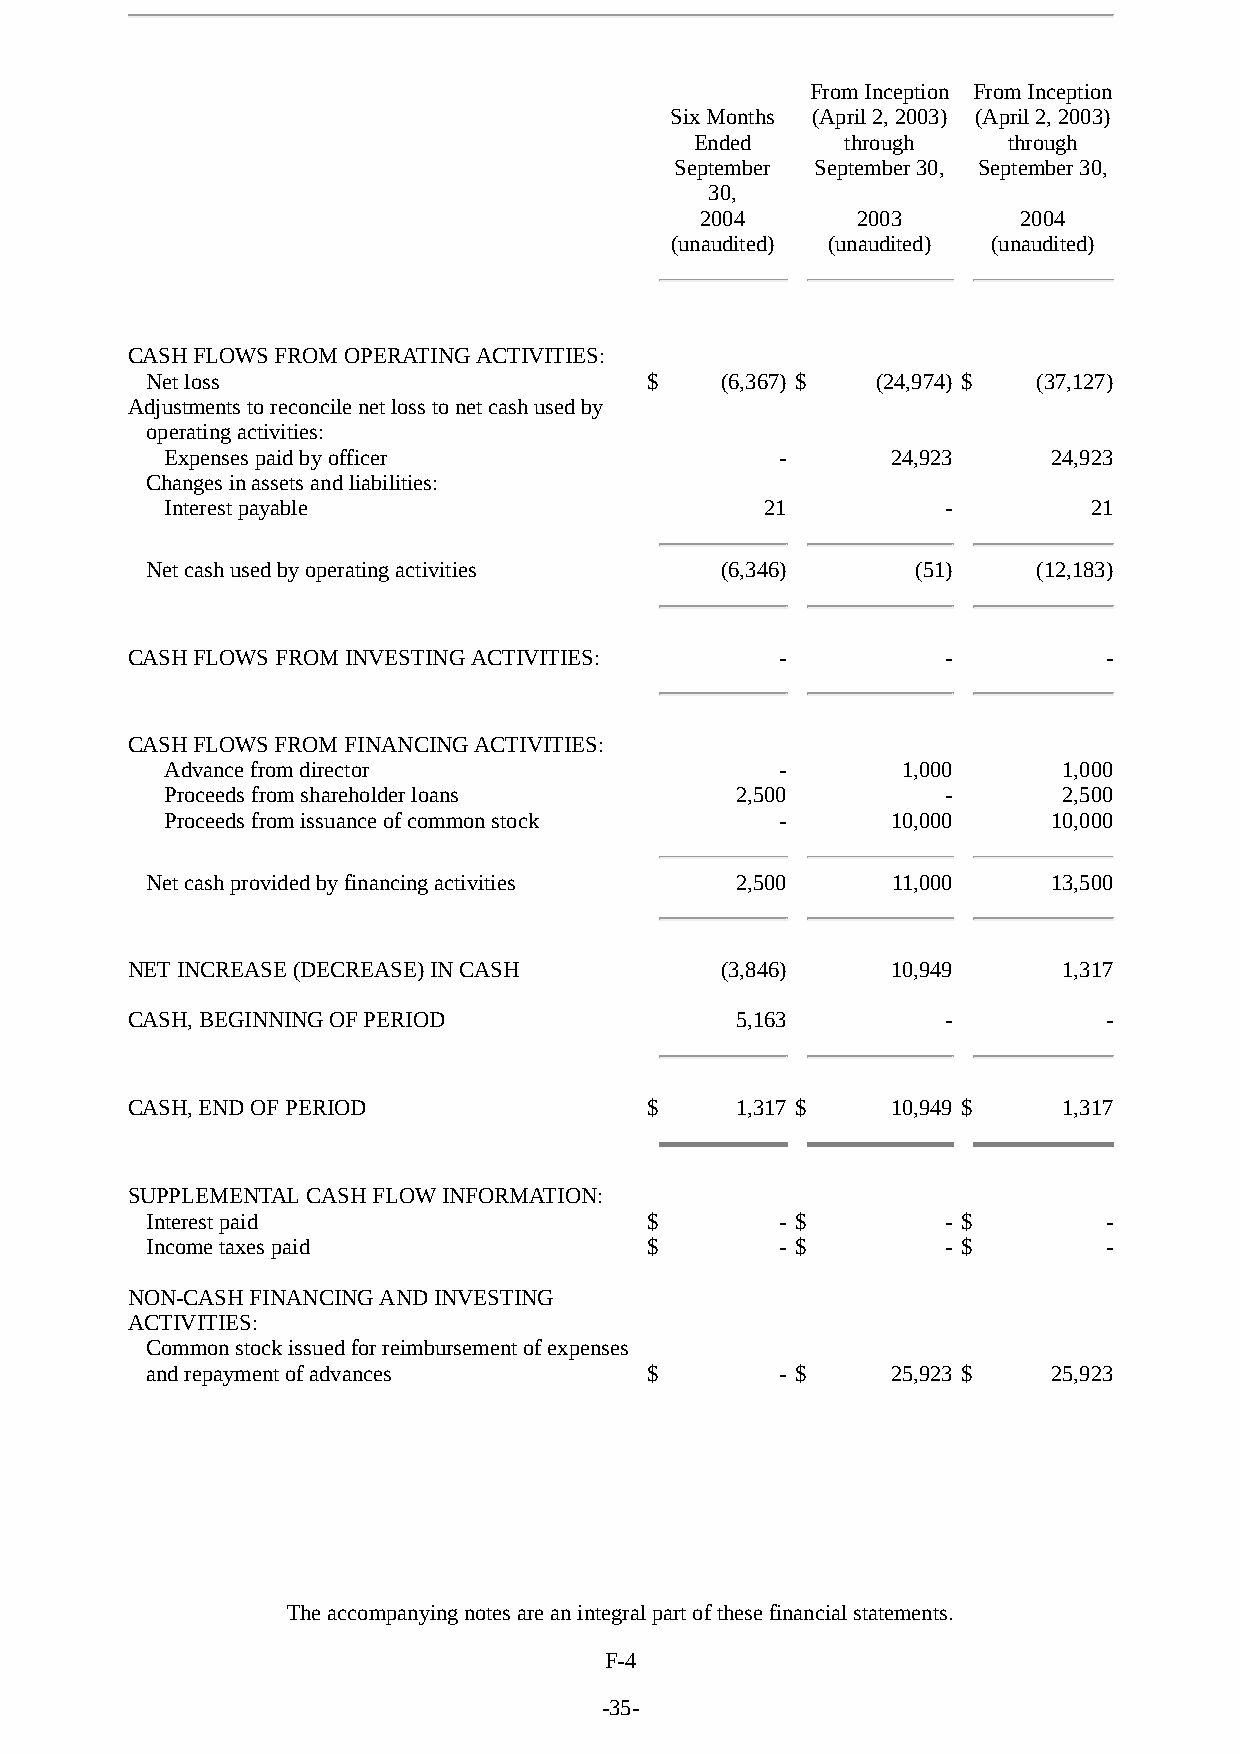
From Inception From Inception
 Six Months (April 2, 2003) (April 2, 2003)
 Ended     through    through
 September September 30, September 30,
 30,
 2004       2003       2004
 (unaudited) (unaudited) (unaudited)
 CASH FLOWS FROM OPERATING ACTIVITIES:
 Net loss                         $    (6,367) $ (24,974) $ (37,127)
 Adjustments to reconcile net loss to net cash used by
 operating activities:
 Expenses paid by officer                 -      24,923     24,923
 Changes in assets and liabilities:
 Interest payable                        21          -        21
 Net cash used by operating activities (6,346)      (51)    (12,183)
 CASH FLOWS FROM INVESTING ACTIVITIES:       -          -         -
 CASH FLOWS FROM FINANCING ACTIVITIES:
 Advance from director                    -       1,000     1,000
 Proceeds from shareholder loans       2,500         -      2,500
 Proceeds from issuance of common stock   -      10,000     10,000
 Net cash provided by financing activities 2,500  11,000     13,500
 NET INCREASE (DECREASE) IN CASH         (3,846)    10,949     1,317
 CASH, BEGINNING OF PERIOD                5,163         -         -
 CASH, END OF PERIOD                $     1,317 $   10,949 $   1,317
 SUPPLEMENTAL CASH FLOW INFORMATION:
 Interest paid                    $        - $        - $       -
 Income taxes paid                $        - $        - $       -
 NON-CASH FINANCING AND INVESTING
 ACTIVITIES:
 Common stock issued for reimbursement of expenses
 and repayment of advances        $        - $    25,923 $   25,923
 The accompanying notes are an integral part of these financial statements.
 F-4
 -35-